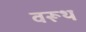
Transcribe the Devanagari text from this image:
वरूथ